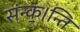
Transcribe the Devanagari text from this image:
संन्क॒।न्ति